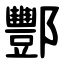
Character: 酆